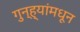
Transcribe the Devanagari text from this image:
गुन्ह्यांमधून